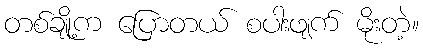
တစ်ချို့က ပြောတယ် စပါးဖျက် မိုးတဲ့။